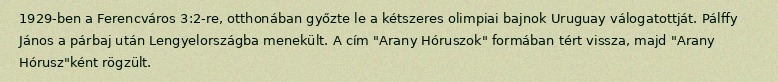
1929-ben a Ferencváros 3:2-re, otthonában győzte le a kétszeres olimpiai bajnok Uruguay válogatottját. Pálffy János a párbaj után Lengyelországba menekült. A cím "Arany Hóruszok" formában tért vissza, majd "Arany Hórusz"ként rögzült.